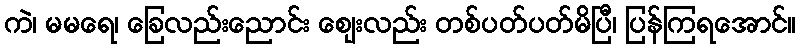
ကဲ၊ မမရေ၊ ခြေလည်းညောင်း ဈေးလည်း တစ်ပတ်ပတ်မိပြီ၊ ပြန်ကြရအောင်။